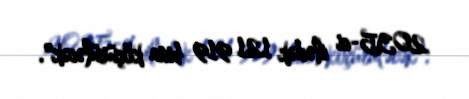
2035-ci ilədək 121 919 bina köçürüləcək".